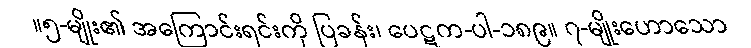
။၅-မျိုး၏ အကြောင်းရင်းကို ပြခန်း၊ ပေဋက-ပါ-၁၈၉။ ၇-မျိုးဟောသော